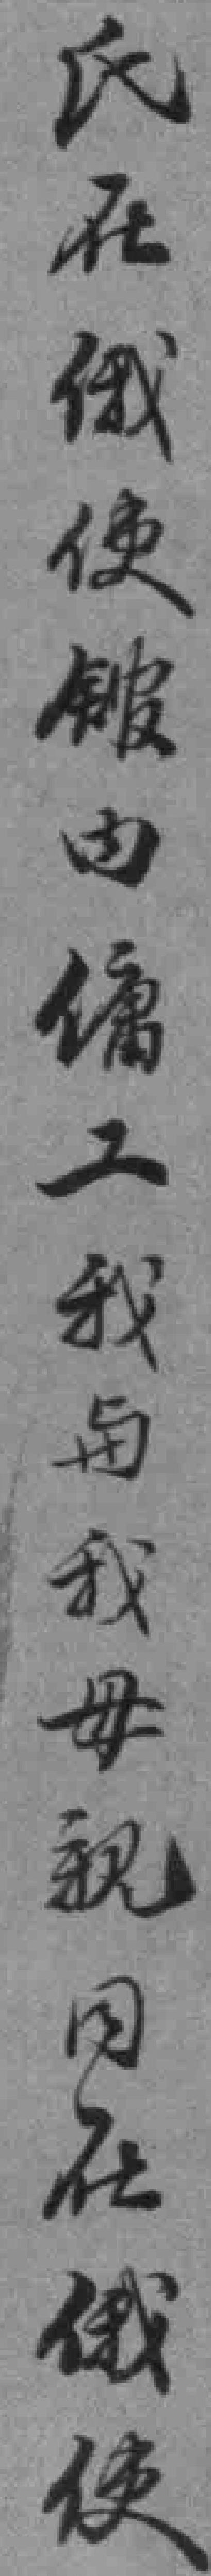
氏在俄使舘内傭工我与我母親同在俄使